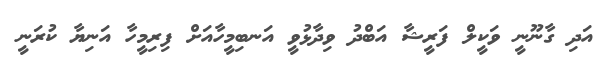
އަދި ގާނޫނީ ވަކީލް ފަރީޝާ އަބްދު ވިދާޅުވީ އަނބިމީހާއަށް ފިރިމީހާ އަނިޔާ ކުރަނީ